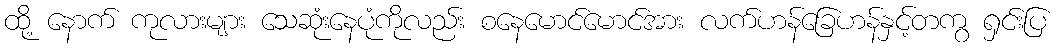
ထို့ နောက် ကုလားများ သေဆုံးနေပုံကိုလည်း စနေမောင်မောင်အား လက်ဟန်ခြေဟန်နှင့်တကွ ရှင်းပြ